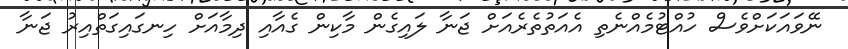
ނޭވައަކަށްވެސް ހުއްޓުމެއްނެތި އެއަތުތެރެއަށް ޖަނާ ލައިގެން މާކިން ގެއާއި ދިމާއަށް ހިނގައިގަތްއިރު ޖަނާ